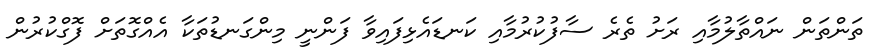
ތަންތަން ނައްތާލުމާއި ރަށު ތެރެ ސާފުކުރުމާއި ކަނޑައެޅިފައިވާ ފަންނީ މިންގަނޑުތަކާ އެއްގޮތަށް ފޮގްކުރުން